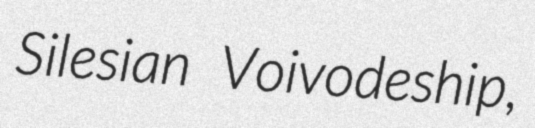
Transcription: Silesian Voivodeship,